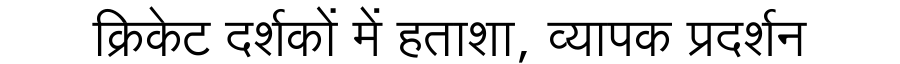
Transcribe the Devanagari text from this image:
क्रिकेट दर्शकों में हताशा, व्यापक प्रदर्शन